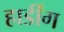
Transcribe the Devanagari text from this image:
हार्डींग